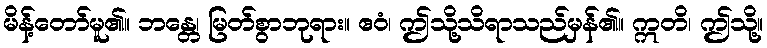
မိန့်တော်မူ၏။ ဘန္တေ၊ မြတ်စွာဘုရား။ ဧဝံ၊ ဤသို့သိရာသည်မှန်၏။ ဣတိ၊ ဤသို့။